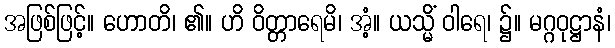
အဖြစ်ဖြင့်။ ဟောတိ၊ ၏။ ဟိ ဝိတ္တာရေမိ၊ အံ့။ ယသ္မိံ ဝါရေ၊ ၌။ မဂ္ဂဝုဋ္ဌာနံ၊